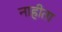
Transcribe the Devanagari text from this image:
नाहीता